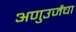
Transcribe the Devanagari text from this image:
अणुउर्जेचा